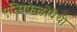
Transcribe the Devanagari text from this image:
एन्सिफेलोपैथी